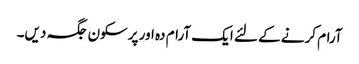
آرام کرنے کے لئے ایک آرام دہ اور پرسکون جگہ دیں۔